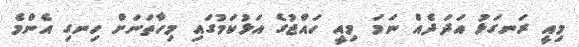
މިއީ ރަނގަޅު އަދަދެއް ނަމަ މިއީ ހައްޖުގެ އަޅުކަމުގައި މިހާތަނަށް ހިނގި އެންމެ